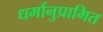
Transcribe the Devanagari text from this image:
धर्मानुप्रागित